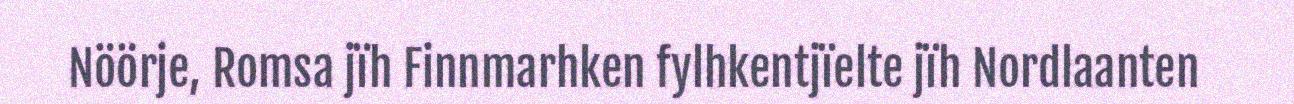
Nöörje, Romsa jïh Finnmarhken fylhkentjïelte jïh Nordlaanten